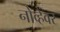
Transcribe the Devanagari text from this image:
नोव्हेंवर